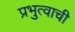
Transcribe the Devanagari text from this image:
प्रभुत्वाची